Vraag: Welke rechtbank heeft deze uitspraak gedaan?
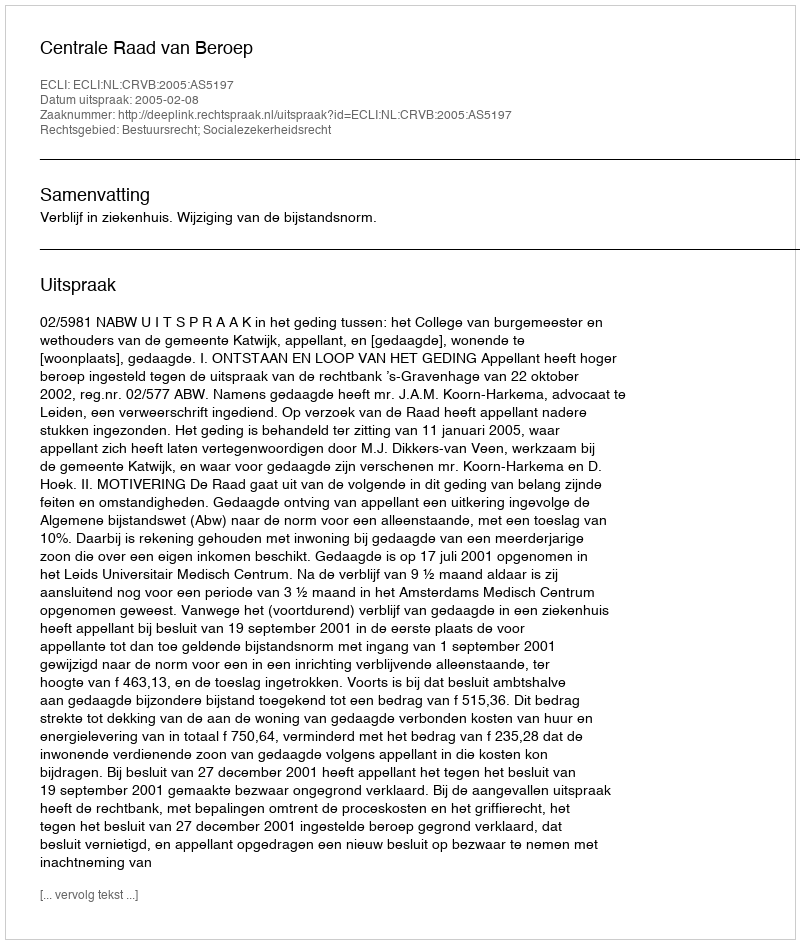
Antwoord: Centrale Raad van Beroep